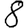
Digit: 8